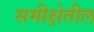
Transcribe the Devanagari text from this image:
समीक्षेतील